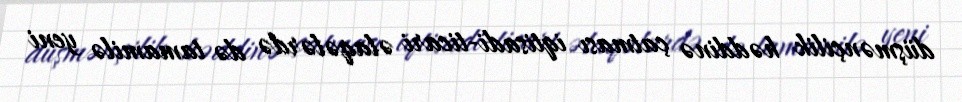
düşmənçilik həddinə çatması iqtisadi-ticari əlaqələrdə də tamamilə yeni